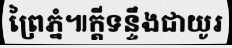
ព្រៃភ្នំ៕ក្តីទន្ទឹងជាយូរ